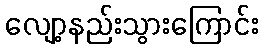
လျော့နည်းသွားကြောင်း